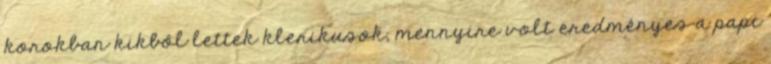
korokban kikből lettek klerikusok, mennyire volt eredményes a papi